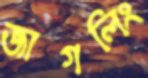
জাগলিং